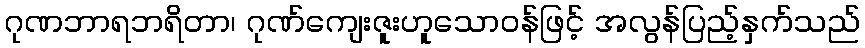
ဂုဏဘာရဘရိတာ၊ ဂုဏ်ကျေးဇူးဟူသောဝန်ဖြင့် အလွန်ပြည့်နှက်သည်